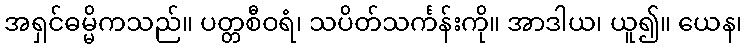
အရှင်ဓမ္မိကသည်။ ပတ္တစီဝရံ၊ သပိတ်သင်္ကန်းကို။ အာဒါယ၊ ယူ၍။ ယေန၊